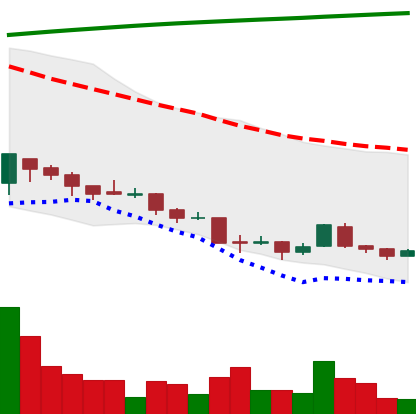
Ticker: XRP-USD
Chart end date: 2018-04-07
Forward return: 28.875%
Label: up_7plus